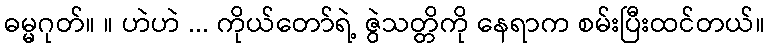
ဓမ္မဂုတ်။ ။ ဟဲဟဲ ... ကိုယ်တော်ရဲ့ ဇွဲသတ္တိကို နေရာက စမ်းပြီးထင်တယ်။